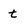
Character: t